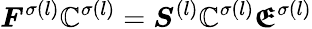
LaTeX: \boldsymbol{F}^{\sigma(l)}\boldsymbol{\mathbb{C}}^{\sigma(l)}=\boldsymbol{S}^{(l)}\boldsymbol{\mathbb{C}}^{\sigma(l)}\boldsymbol{\mathfrak{E}}^{\sigma(l)}